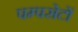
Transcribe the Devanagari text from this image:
पम्पसेटों